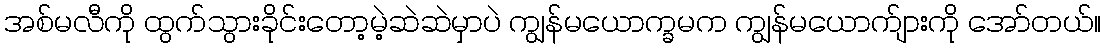
အစ်မလီကို ထွက်သွားခိုင်းတော့မဲ့ဆဲဆဲမှာပဲ ကျွန်မယောက္ခမက ကျွန်မယောက်ျားကို အော်တယ်။